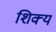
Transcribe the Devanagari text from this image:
शिक्य